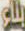
بناء